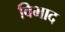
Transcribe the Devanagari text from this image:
विभाद